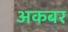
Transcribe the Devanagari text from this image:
अकबर